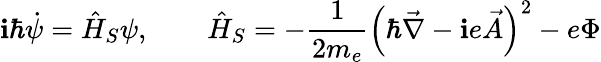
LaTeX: \mathbf{i}\hbar\dot{{\psi}}=\hat{{H}}_{S}\psi,\qquad\hat{{H}}_{S}=-\frac{{1}}{{2m_{e}}}\left(\hbar\vec{{\nabla}}-\mathbf{i}e\vec{{A}}\right)^{2}-e\Phi